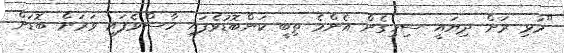
"މުޅި ރަށް ދިޔައީ ސިހިގެން އެންމެ ތިބީ ކަންބޮޑުވެފައި ހާސްވެފައި ވަރަށް ބޮޑަށް